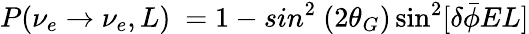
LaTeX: P(\nu_{e}\rightarrow\nu_{e},L)\ =1-sin^{2}\ (2\theta_{G})\sin^{2}[\delta\bar{\phi}EL]